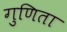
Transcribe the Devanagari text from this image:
गुणिता